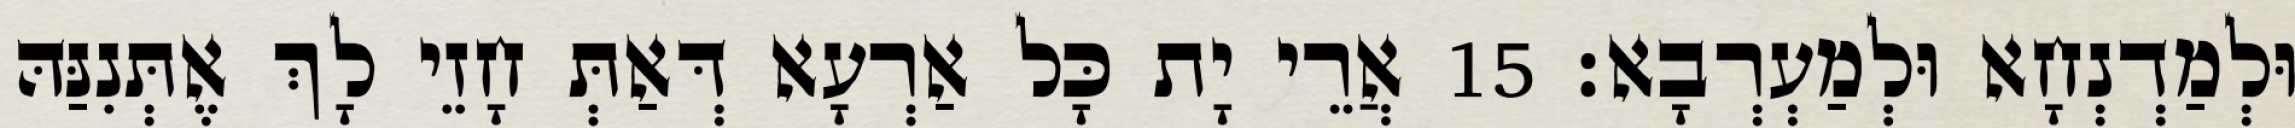
וּלְמַדְנְחָא וּלְמַעְרְבָא׃ 15 אֲרֵי יָת כָּל אַרְעָא דְּאַתְּ חָזֵי לָךְ אֶתְּנִנַּהּ